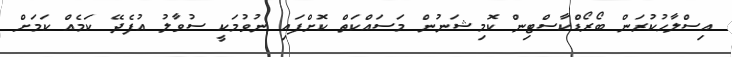
އިސްލާހުކުރަން ބޯރޯޑްކާސްޓިން ކޮމިޝަނުން މަސައްކަތް ކޮށްފައި ނުވުމަކީ ސުވާލު އުފެދޭ ކަމެއް ކަމަށް